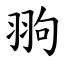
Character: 翑